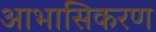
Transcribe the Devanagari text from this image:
आभासिकरण